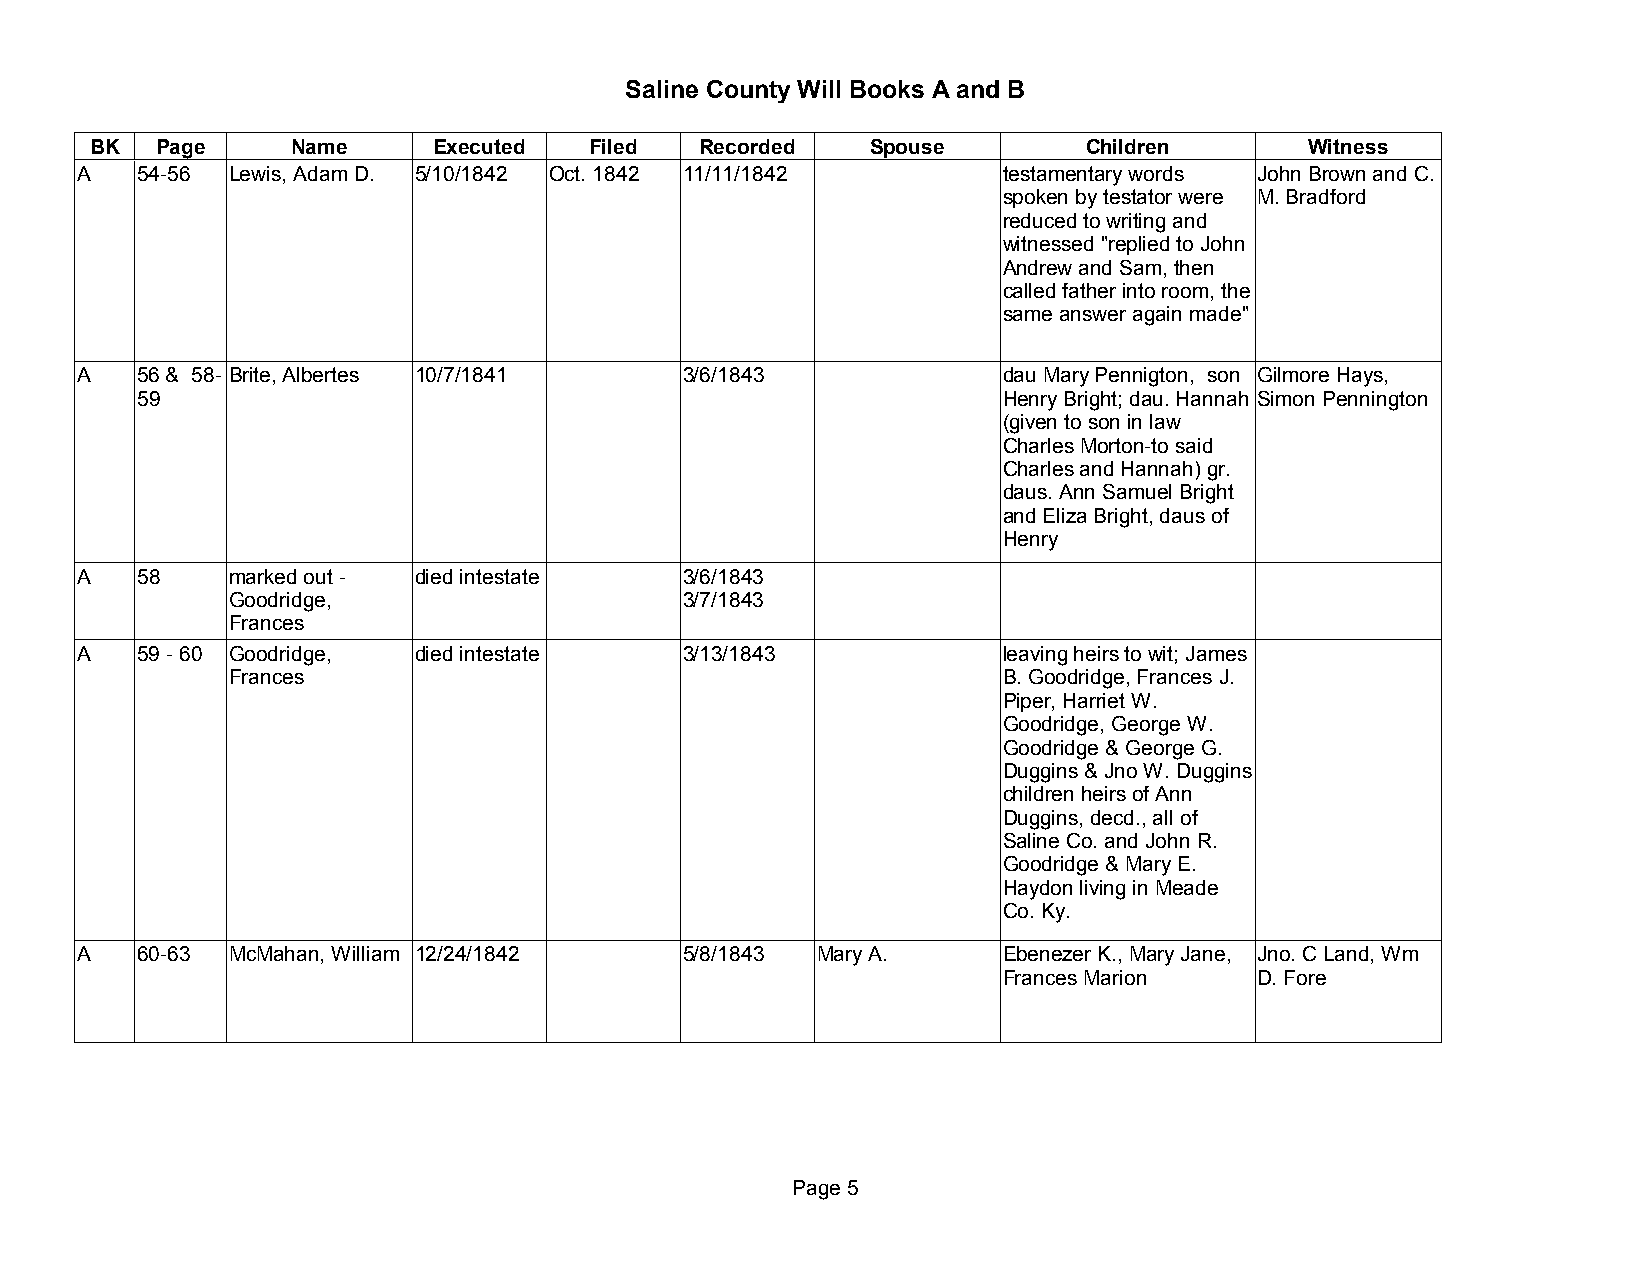
Saline County Will Books A and B
 BK  Page     Name      Executed  Filed  Recorded    Spouse        Children       Witness
 A   54-56 Lewis, Adam D. 5/10/1842 Oct. 1842 11/11/1842      testamentary words John Brown and C.
 spoken by testator were M. Bradford
 reduced to writing and
 witnessed "replied to John
 Andrew and Sam, then
 called father into room, the
 same answer again made"
 A   56 & 58- Brite, Albertes 10/7/1841  3/6/1843             dau Mary Pennigton, son Gilmore Hays,
 59                                                       Henry Bright; dau. Hannah Simon Pennington
 (given to son in law
 Charles Morton-to said
 Charles and Hannah) gr.
 daus. Ann Samuel Bright
 and Eliza Bright, daus of
 Henry
 A   58    marked out - died intestate   3/6/1843
 Goodridge,                    3/7/1843
 Frances
 A   59 - 60 Goodridge, died intestate   3/13/1843            leaving heirs to wit; James
 Frances                                            B. Goodridge, Frances J.
 Piper, Harriet W.
 Goodridge, George W.
 Goodridge & George G.
 Duggins & Jno W. Duggins
 children heirs of Ann
 Duggins, decd., all of
 Saline Co. and John R.
 Goodridge & Mary E.
 Haydon living in Meade
 Co. Ky.
 A   60-63 McMahan, William 12/24/1842   5/8/1843 Mary A.     Ebenezer K., Mary Jane, Jno. C Land, Wm
 Frances Marion   D. Fore
 Page 5